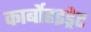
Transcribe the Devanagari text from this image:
कार्बोहइड्रेट